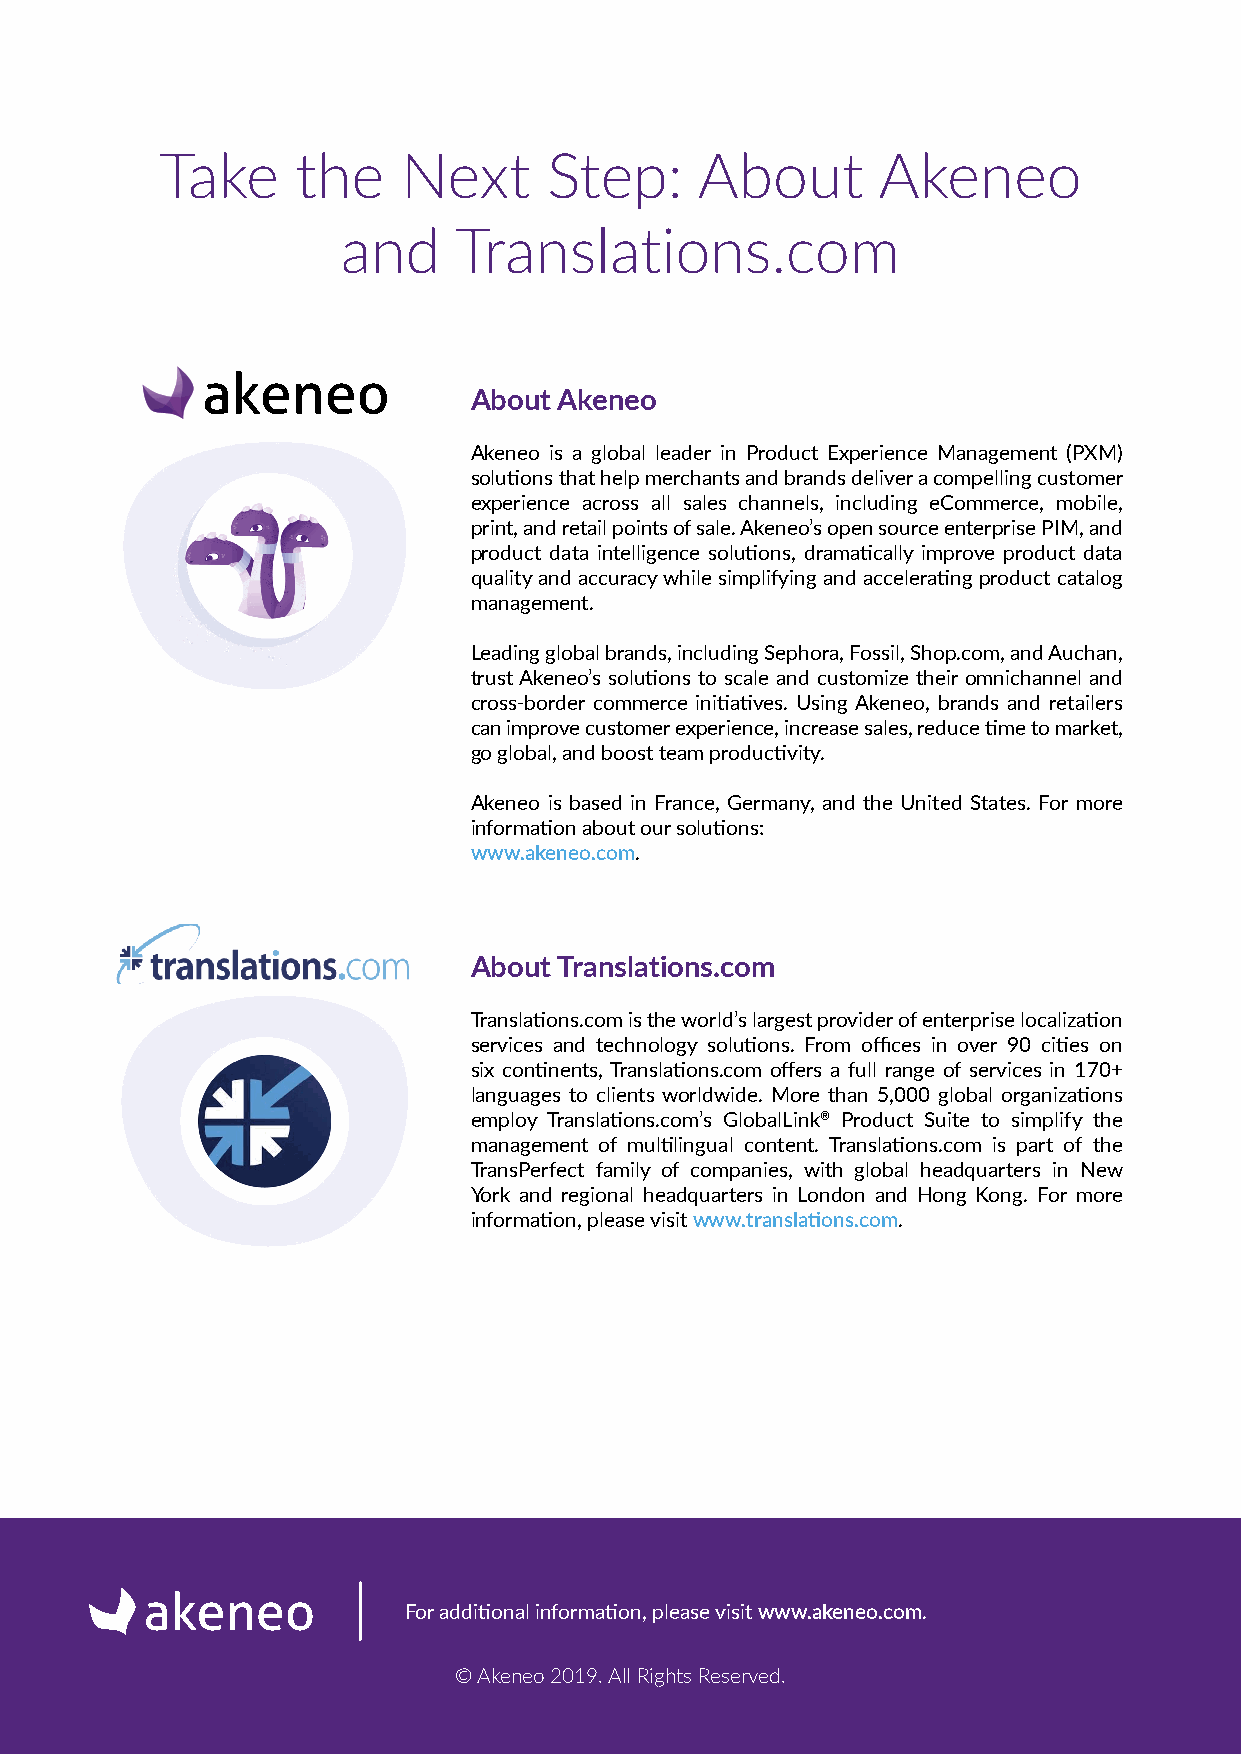
Take     the    Next     Step:     About       Akeneo
 and    Translations.com
 About Akeneo
 Akeneo is a global leader in Product Experience Management (PXM)
 solutions that help merchants and brands deliver a compelling customer
 experience across all sales channels, including eCommerce, mobile,
 print, and retail points of sale. Akeneo’s open source enterprise PIM, and
 product data intelligence solutions, dramatically improve product data
 quality and accuracy while simplifying and accelerating product catalog
 management.
 Leading global brands, including Sephora, Fossil, Shop.com, and Auchan,
 trust Akeneo’s solutions to scale and customize their omnichannel and
 cross-border commerce initiatives. Using Akeneo, brands and retailers
 can improve customer experience, increase sales, reduce time to market,
 go global, and boost team productivity.
 Akeneo is based in France, Germany, and the United States. For more
 information about our solutions:
 www.akeneo.com.
 About Translations.com
 Translations.com is the world’s largest provider of enterprise localization
 services and technology solutions. From offices in over 90 cities on
 six continents, Translations.com offers a full range of services in 170+
 languages to clients worldwide. More than 5,000 global organizations
 employ Translations.com’s GlobalLink® Product Suite to simplify the
 management of multilingual content. Translations.com is part of the
 TransPerfect family of companies, with global headquarters in New
 York and regional headquarters in London and Hong Kong. For more
 information, please visit www.translations.com.
 For additional information, please visit www.akeneo.com.
 © Akeneo 2019. All Rights Reserved.